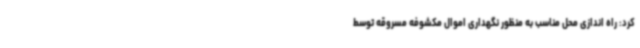
کرد: راه اندازی محل مناسب به منظور نگهداری اموال مکشوفه مسروقه توسط